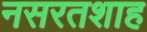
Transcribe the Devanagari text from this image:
नसरतशाह